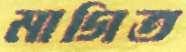
মাগিত